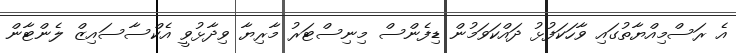
އެ ރަސްމިއްޔާތުގައި ވާހަކަފުޅު ދައްކަވަމުން ޑިފެންސް މިނިސްޓަރު މާރިޔާ ވިދާޅުވީ އެކްސާސައިޒް ލެންޓާން